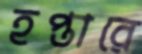
হপ্তারে